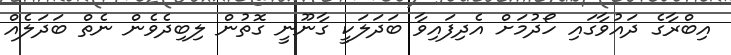
އިބްރާގެ ދައުވާގައި ހޯދުމަށް އެދިފައިވާ ބަދަލަކީ ގާނޫނީ ގޮތުން ލިބިދެވެން ނެތް ބަދަލެއް